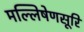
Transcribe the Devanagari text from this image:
मल्लिषेणसूरि